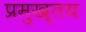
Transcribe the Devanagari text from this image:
प्रमुख्तय